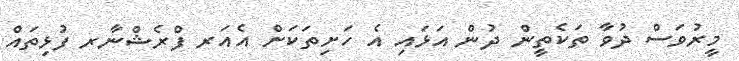
މީރުވަސް ދުވާ ތަކެތީން ދުން އަޅައި އެ ހަށިތަކަށް އެއަރ ފްރެޝްނާރ ފުޅިތައް